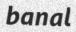
banal